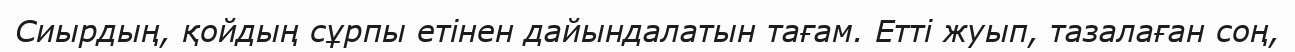
Сиырдың, қойдың сұрпы етінен дайындалатын тағам. Етті жуып, тазалаған соң,